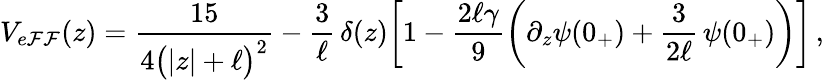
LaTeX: V_{e\mathcal{F}\mathcal{F}}(z)=\frac{{15}}{{4\big(|z|+\ell\big)^{2}}}-\frac{{3}}{{\ell}}\, \delta(z)\bigg[1-\frac{{2\ell\gamma}}{{9}}\left(\partial_{z}\psi(0_{+})+\frac{{3}}{{2\ell}}\, \psi(0_{+})\right)\bigg]\, ,